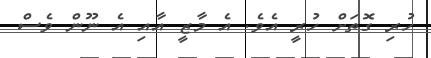
ހުރި ގޮތަށް ހުރީ އެވެ. އެ މާޒީ އާއި އެ ނޫން ވެސް